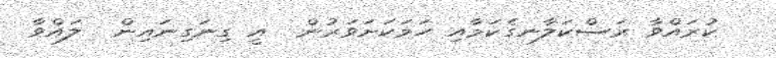
ކުރައްވާ ރަސްކަލާނގެކަމާއި ހަމަކަށަވަރުން  އީ ގިނަގިނައިން  ލައްވާ